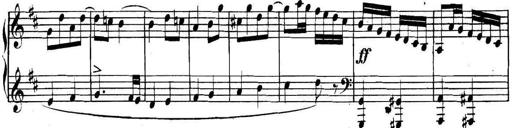
Title: Collected Piano Sonatas
Composer: Muzio Clementi